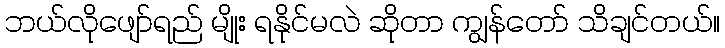
ဘယ်လိုဖျော်ရည် မျိုး ရနိုင်မလဲ ဆိုတာ ကျွန်တော် သိချင်တယ်။